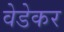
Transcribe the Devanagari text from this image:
वेडेकर